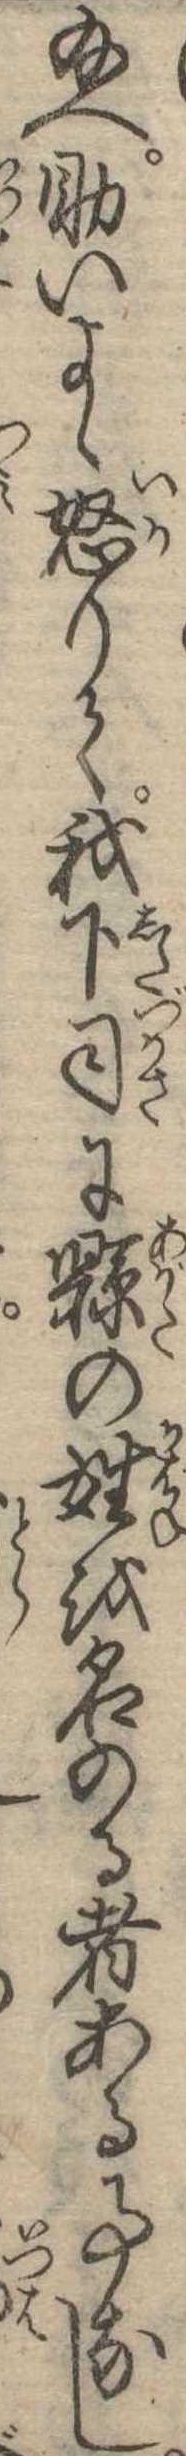
給へ助いよゝ怒りて我下司に県の姓を名のる者ある事なし